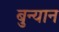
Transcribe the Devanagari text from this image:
बुन्यान